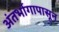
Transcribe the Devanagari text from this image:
अंतर्भागापासून